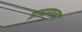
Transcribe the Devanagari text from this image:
इस्रायला